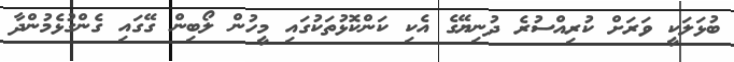
ބުޅަލަކީ ވަރަށް ކުރިއްސުރެ ދުނިޔޭގެ އެކި ކަންކޮޅުތަކުގައި މީހުން ލޯބިން ގޭގައި ގެންގުޅެމުންދާ